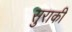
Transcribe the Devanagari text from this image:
सुराकी